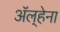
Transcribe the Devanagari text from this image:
अॅल्हेना